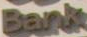
Bank